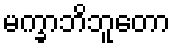
မက္ခာဘိဘူတော